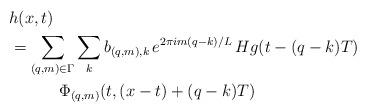
LaTeX: \begin{align*}& h(x,t) \\& = \sum_{(q,m)\in\Gamma} \sum_k b_{(q,m),k}\,e^{2\pi i m(q-k)/L}\,Hg(t-(q-k)T)\\& \hskip.5in \Phi_{(q,m)}(t,(x-t) + (q-k)T)\end{align*}